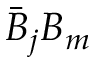
\bar { B } _ { j } B _ { m }